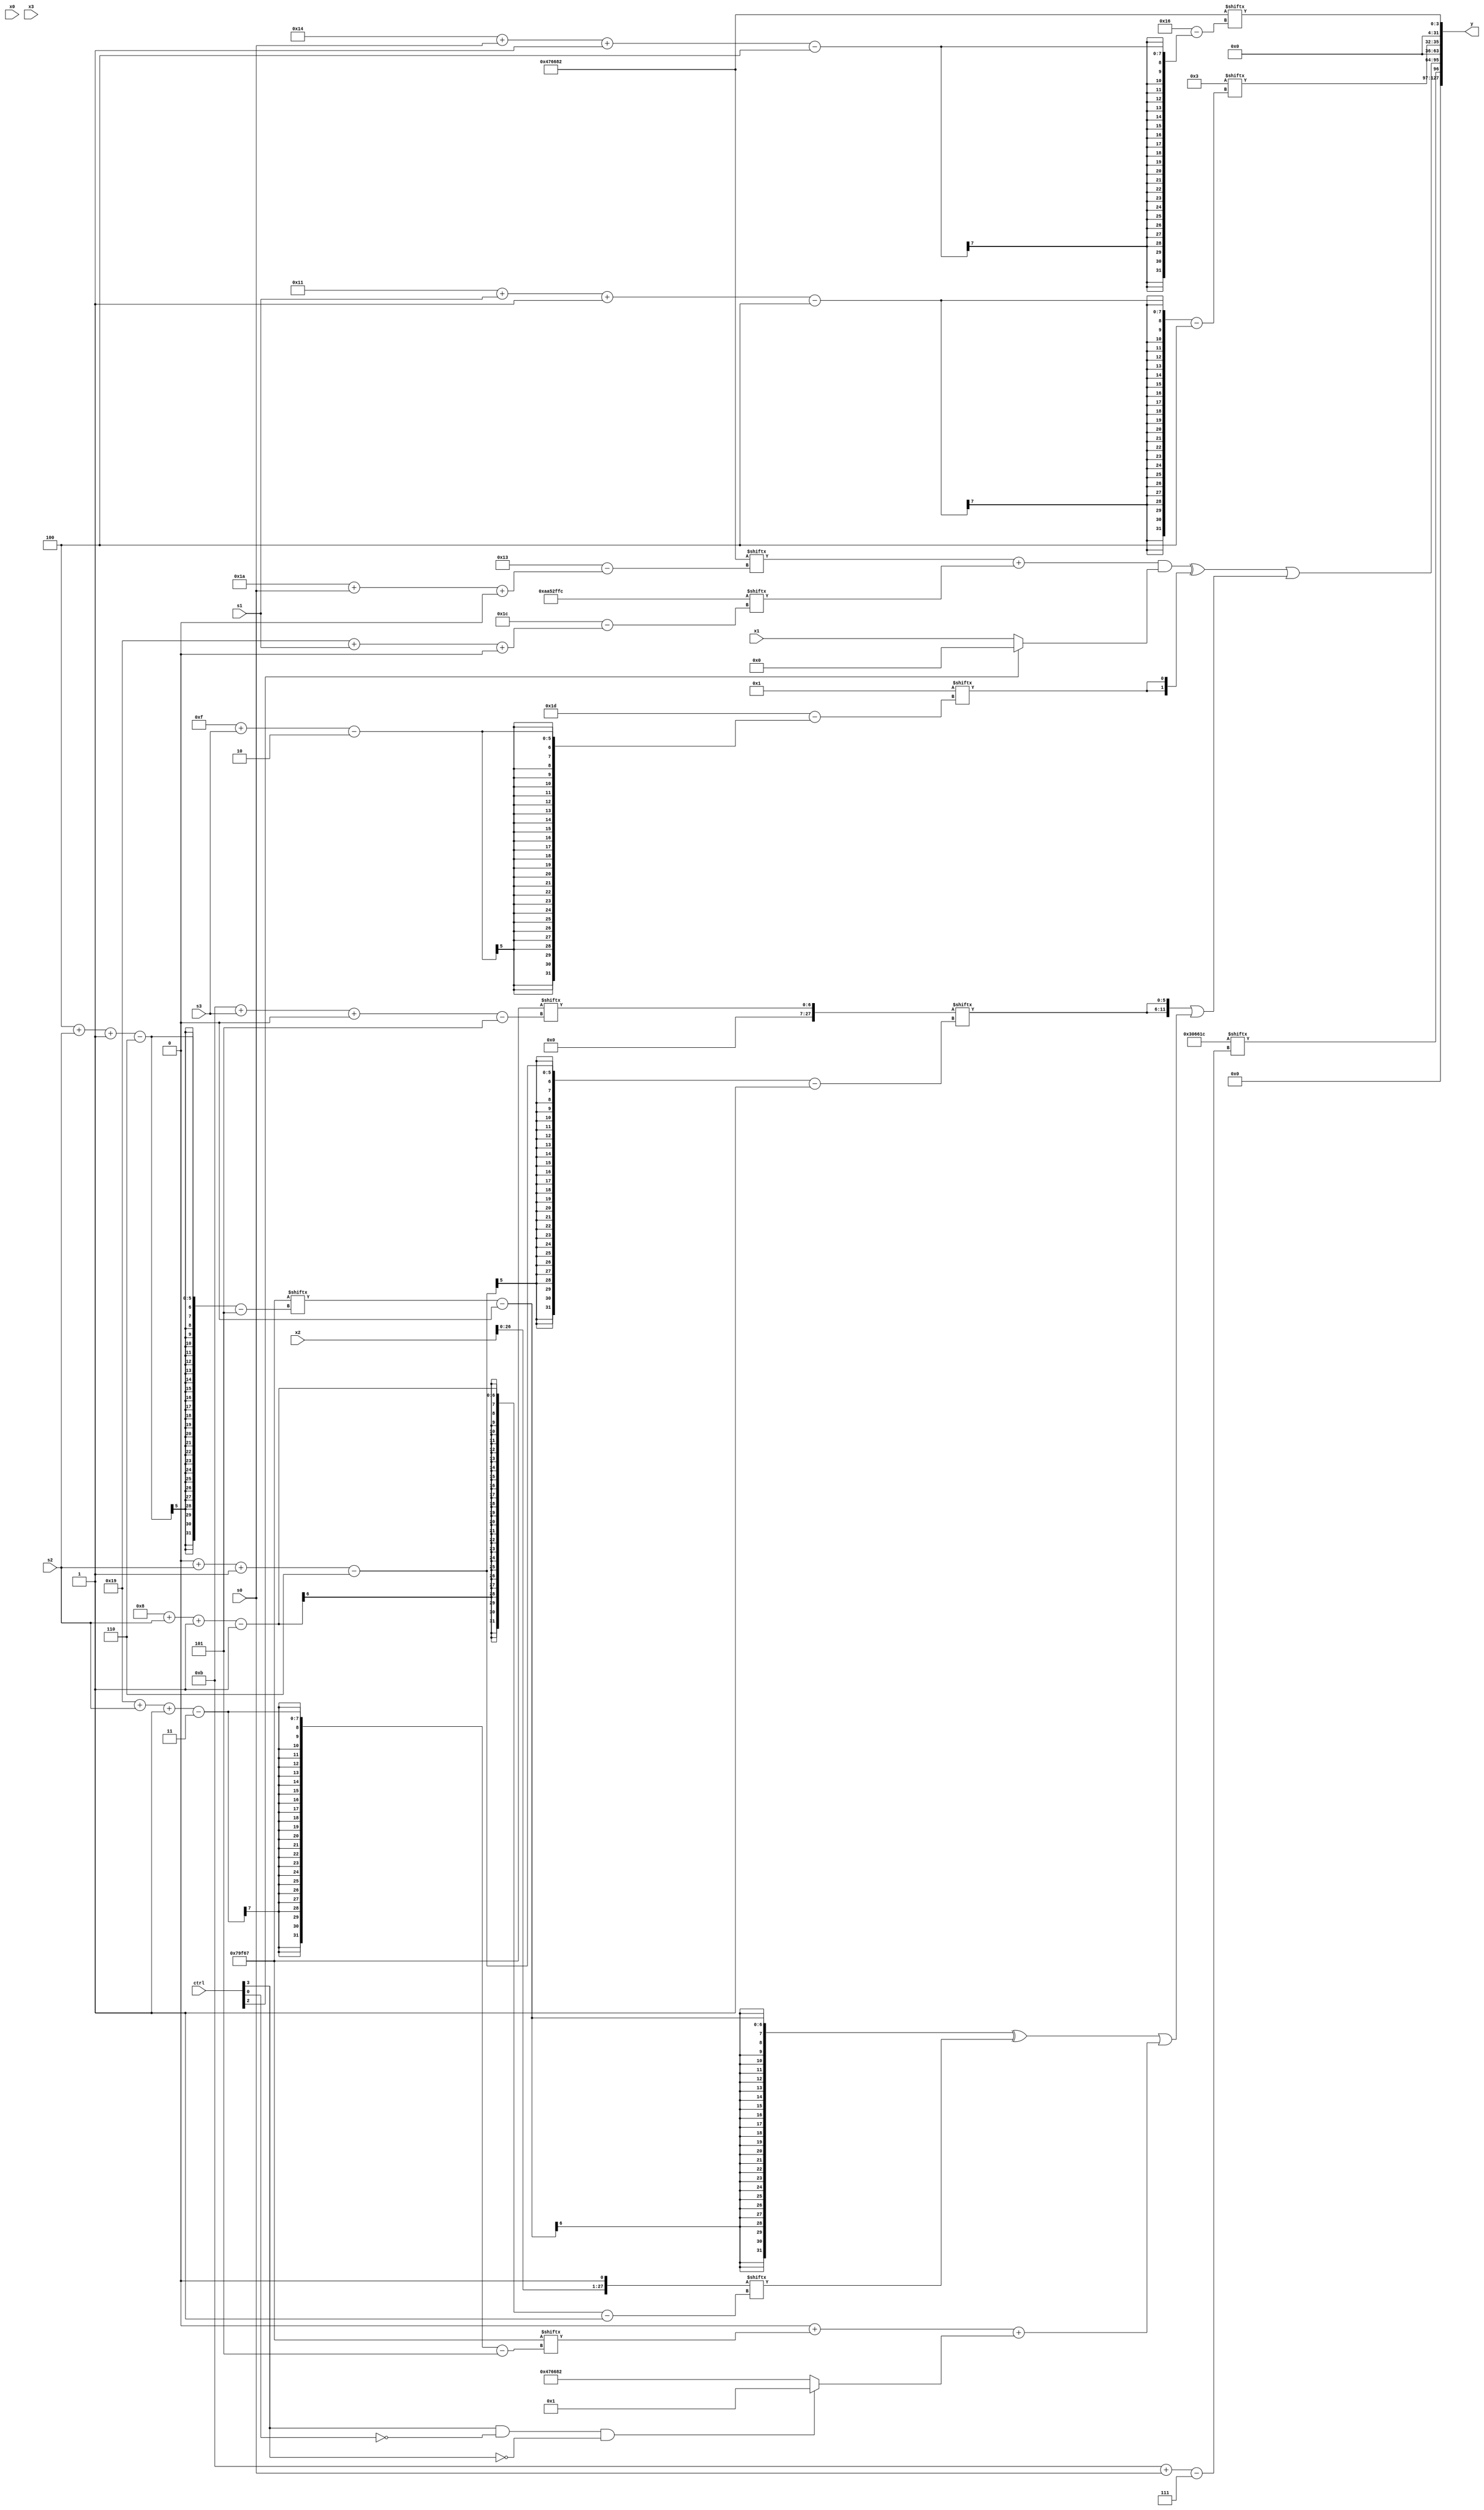
module partsel_00854(ctrl, s0, s1, s2, s3, x0, x1, x2, x3, y);
  input [3:0] ctrl;
  input [2:0] s0;
  input [2:0] s1;
  input [2:0] s2;
  input [2:0] s3;
  input signed [31:0] x0;
  input signed [31:0] x1;
  input signed [31:0] x2;
  input [31:0] x3;
  wire [27:6] x4;
  wire signed [28:1] x5;
  wire signed [30:4] x6;
  wire signed [1:27] x7;
  wire signed [0:26] x8;
  wire [2:31] x9;
  wire [28:3] x10;
  wire [1:24] x11;
  wire signed [29:4] x12;
  wire signed [1:25] x13;
  wire signed [3:25] x14;
  wire signed [28:1] x15;
  output [127:0] y;
  wire [31:0] y0;
  wire [31:0] y1;
  wire signed [31:0] y2;
  wire signed [31:0] y3;
  assign y = {y0,y1,y2,y3};
  localparam signed [28:7] p0 = 913335836;
  localparam [0:25] p1 = 71788162;
  localparam signed [24:5] p2 = 150445927;
  localparam signed [0:30] p3 = 178597884;
  assign x4 = (x3[23] & (ctrl[3] || ctrl[3] && ctrl[3] ? x0[9 +: 3] : ((ctrl[1] || ctrl[0] && ctrl[3] ? x2[15 -: 3] : x0[11]) ^ x1[21])));
  assign x5 = {x2, p0[12 +: 1]};
  assign x6 = p2[16 +: 2];
  assign x7 = (p2[13 -: 4] & (x0[19 + s1] | x4[25 + s2 -: 6]));
  assign x8 = p0[17 + s3 +: 6];
  assign x9 = p3[9 +: 1];
  assign x10 = {2{p1}};
  assign x11 = x9[14 -: 3];
  assign x12 = p3[27 + s2 -: 7];
  assign x13 = p2[11 + s3 +: 7];
  assign x14 = (p2[11 + s0] + p0[8 +: 3]);
  assign x15 = x13;
  assign y0 = p0[11 + s0];
  assign y1 = ((((p1[26 + s0 +: 7] + p3[25 + s1 +: 3]) & (ctrl[0] && !ctrl[0] || ctrl[2] ? x11[16 +: 4] : x1)) ^ {2{x9[15 + s3]}}) | ({2{x15[0 + s2 -: 6]}} | (((p2[4 + s2 -: 6] - p1[23]) ^ x5[8 + s2 -: 1]) | ((x7[12] + p2[25 + s2 -: 3]) + (ctrl[3] && !ctrl[0] && !ctrl[3] ? p3[22 -: 1] : p1)))));
  assign y2 = x6[17 + s1 -: 4];
  assign y3 = p1[20 + s0 -: 4];
endmodule